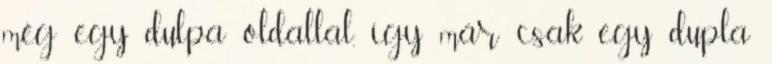
még egy dulpa oldallal, így már csak egy dupla